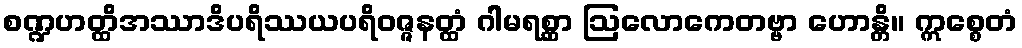
စဏ္ဍဟတ္ထိအဿာဒိပရိဿယပရိဝဇ္ဇနတ္ထံ ဂါမရစ္ဆာ ဩလောကေတဗ္ဗာ ဟောန္တိ။ ဣစ္စေတံ